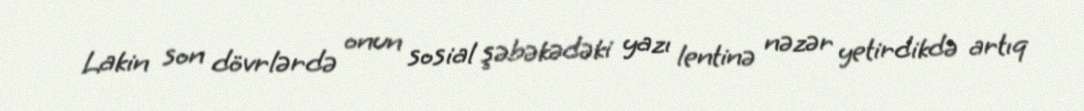
Lakin son dövrlərdə onun sosial şəbəkədəki yazı lentinə nəzər yetirdikdə artıq